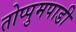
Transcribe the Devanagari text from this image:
तोप्पुमपाडी